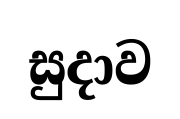
සුදාව